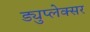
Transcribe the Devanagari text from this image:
ड्युप्लेक्सर